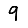
Digit: 9